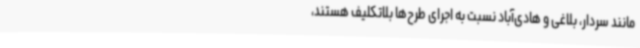
مانند سردار، بلاغی و هادی‌آباد نسبت به اجرای طرح‌ها بلاتکلیف هستند،